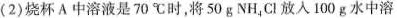
(2)烧杯A中溶液是70℃时，将50gNH_{4}Cl放入100g水中溶